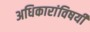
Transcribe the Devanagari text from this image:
अधिकारांविषयी